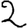
Digit: 2